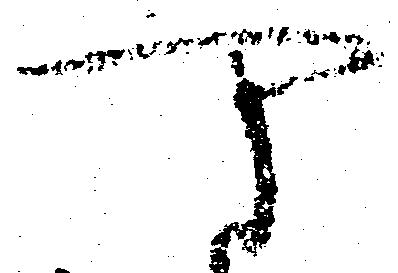
可